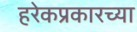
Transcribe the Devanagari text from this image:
हरेकप्रकारच्या